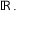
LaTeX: \mathbb { R } \, .